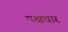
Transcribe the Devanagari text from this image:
पक्षधार